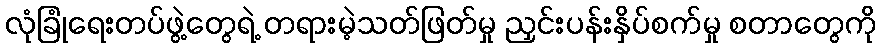
လုံခြုံရေးတပ်ဖွဲ့တွေရဲ့ တရားမဲ့သတ်ဖြတ်မှု ညှင်းပန်းနှိပ်စက်မှု စတာတွေကို